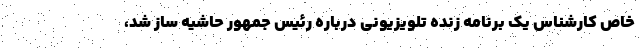
خاص کارشناس یک برنامه زنده تلویزیونی درباره رئیس جمهور حاشیه ساز شد،